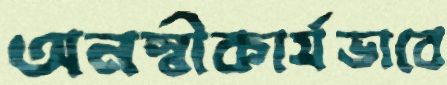
অনস্বীকার্যভাবে